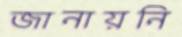
জানায়নি